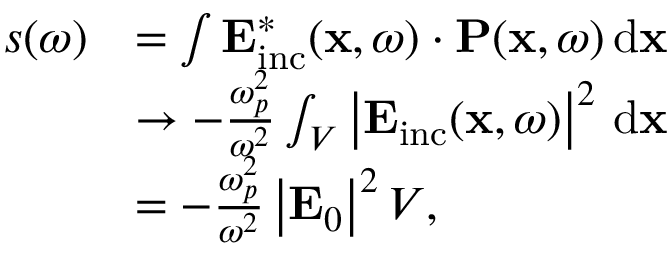
\begin{array} { r l } { s ( \omega ) } & { = \int \mathbf { E } _ { \mathrm { i n c } } ^ { * } ( \mathbf { x } , \omega ) \cdot \mathbf { P } ( \mathbf { x } , \omega ) \, \mathrm { d } \mathbf { x } } \\ & { \rightarrow - \frac { \omega _ { p } ^ { 2 } } { \omega ^ { 2 } } \int _ { V } \left| \mathbf { E } _ { \mathrm { i n c } } ( \mathbf { x } , \omega ) \right| ^ { 2 } \, \mathrm { d } \mathbf { x } } \\ & { = - \frac { \omega _ { p } ^ { 2 } } { \omega ^ { 2 } } \left| \mathbf { E } _ { 0 } \right| ^ { 2 } V , } \end{array}